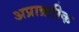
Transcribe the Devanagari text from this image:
अप्राक्र्तीक